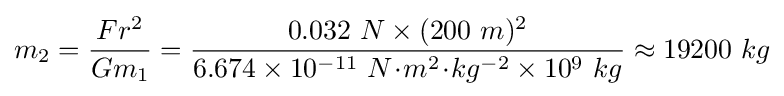
m_{2}={\frac {Fr^{2}}{Gm_{1}}}={\frac {0.032\ N\times (200\ m)^{2}}{6.674\times 10^{-11}\ N\!\cdot \!m^{2}\!\cdot \!kg^{-2}\times 10^{9}\ kg}}\approx 19200\ kg